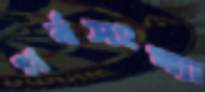
পর্বসংখ্যা